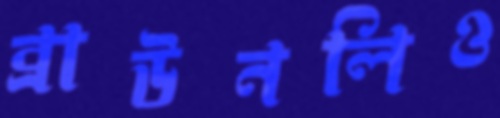
ব্রাউনলিও